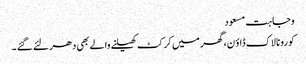
وجاہت مسعود
کورونا لاک ڈاؤ ن،گھر میں کرکٹ کھیلنے والے بھی دھر لئے گئے ۔